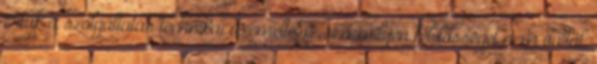
értük a szolgáltatás technikai üzemeltetője semmilyen felelősséget nem vállal,